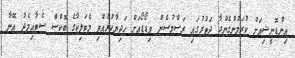
އިންޑޮނީޝިއަށް ކުރަމުންގެންދާ ދަތުރުގައި ރަސްމުސެން ވިޑޯޑޯއަށް ހަދިޔާކުރެއްވި މެޓަލިކާގެ ބޮކްސް ސެޓާއިމެދު އޭނާ